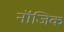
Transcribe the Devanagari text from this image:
नॉजिक